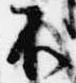
不